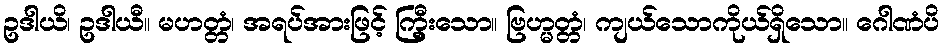
ဥဒါယိ၊ ဥဒါယီ။ မဟတ္တံ၊ အရပ်အားဖြင့် ကြှီးသော။ ဗြဟ္မတ္တံ၊ ကျယ်သောကိုယ်ရှိသော။ ဂေါဏံပိ